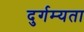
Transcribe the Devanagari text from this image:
दुर्गम्यता